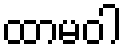
ထာမဝါ